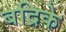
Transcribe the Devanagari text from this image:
बद्रिके